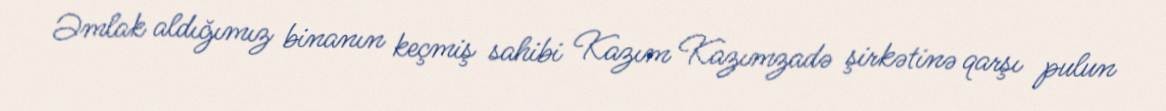
Əmlak aldığımız binanın keçmiş sahibi Kazım Kazımzadə şirkətinə qarşı pulun